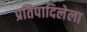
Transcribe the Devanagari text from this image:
प्रतिपादिलेला